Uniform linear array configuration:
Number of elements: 48
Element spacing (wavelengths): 0.5
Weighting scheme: hamming
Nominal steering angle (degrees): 15
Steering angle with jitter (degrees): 14.003
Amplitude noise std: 0.05
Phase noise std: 0.05

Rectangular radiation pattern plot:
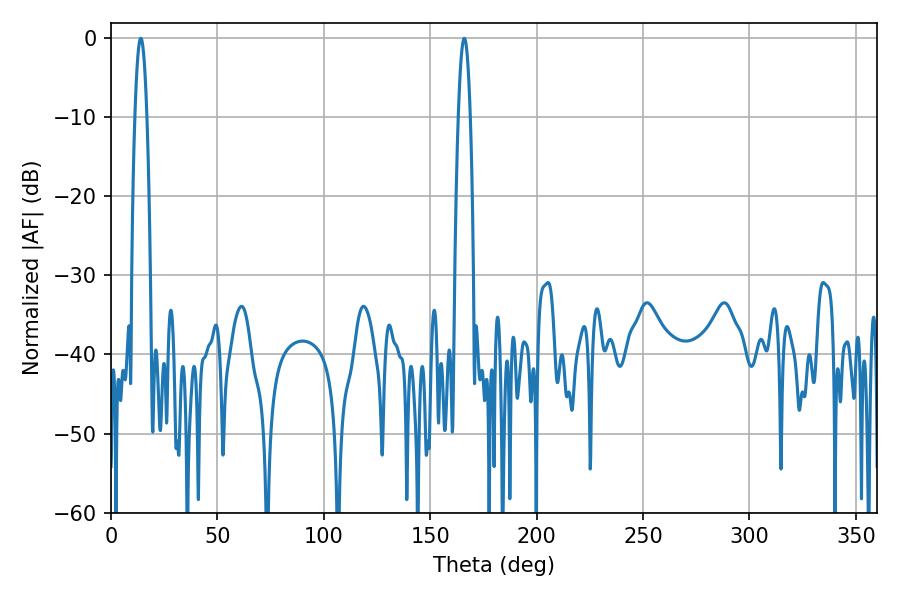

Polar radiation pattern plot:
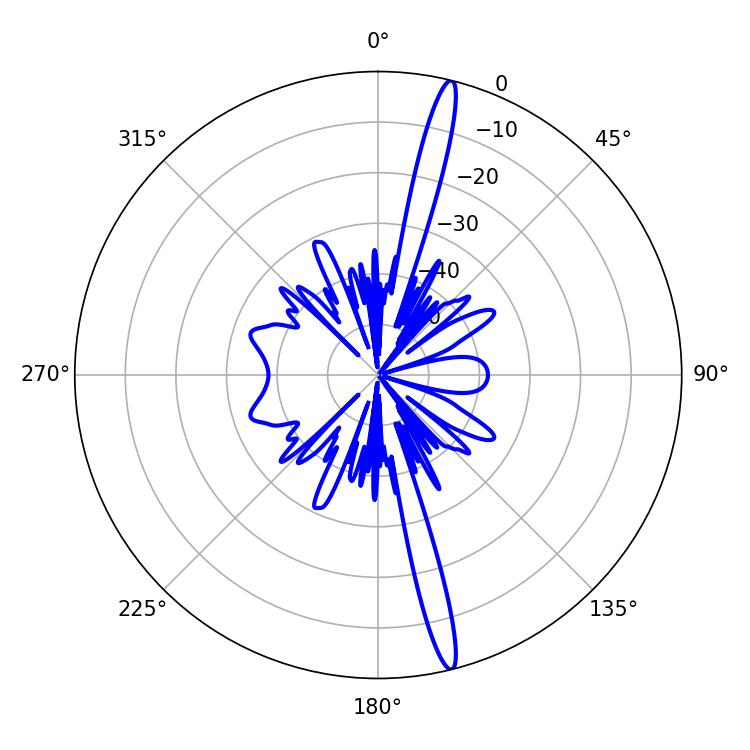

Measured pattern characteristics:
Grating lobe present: FALSE
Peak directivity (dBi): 18.485
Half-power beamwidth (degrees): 3.06
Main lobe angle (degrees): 14.04